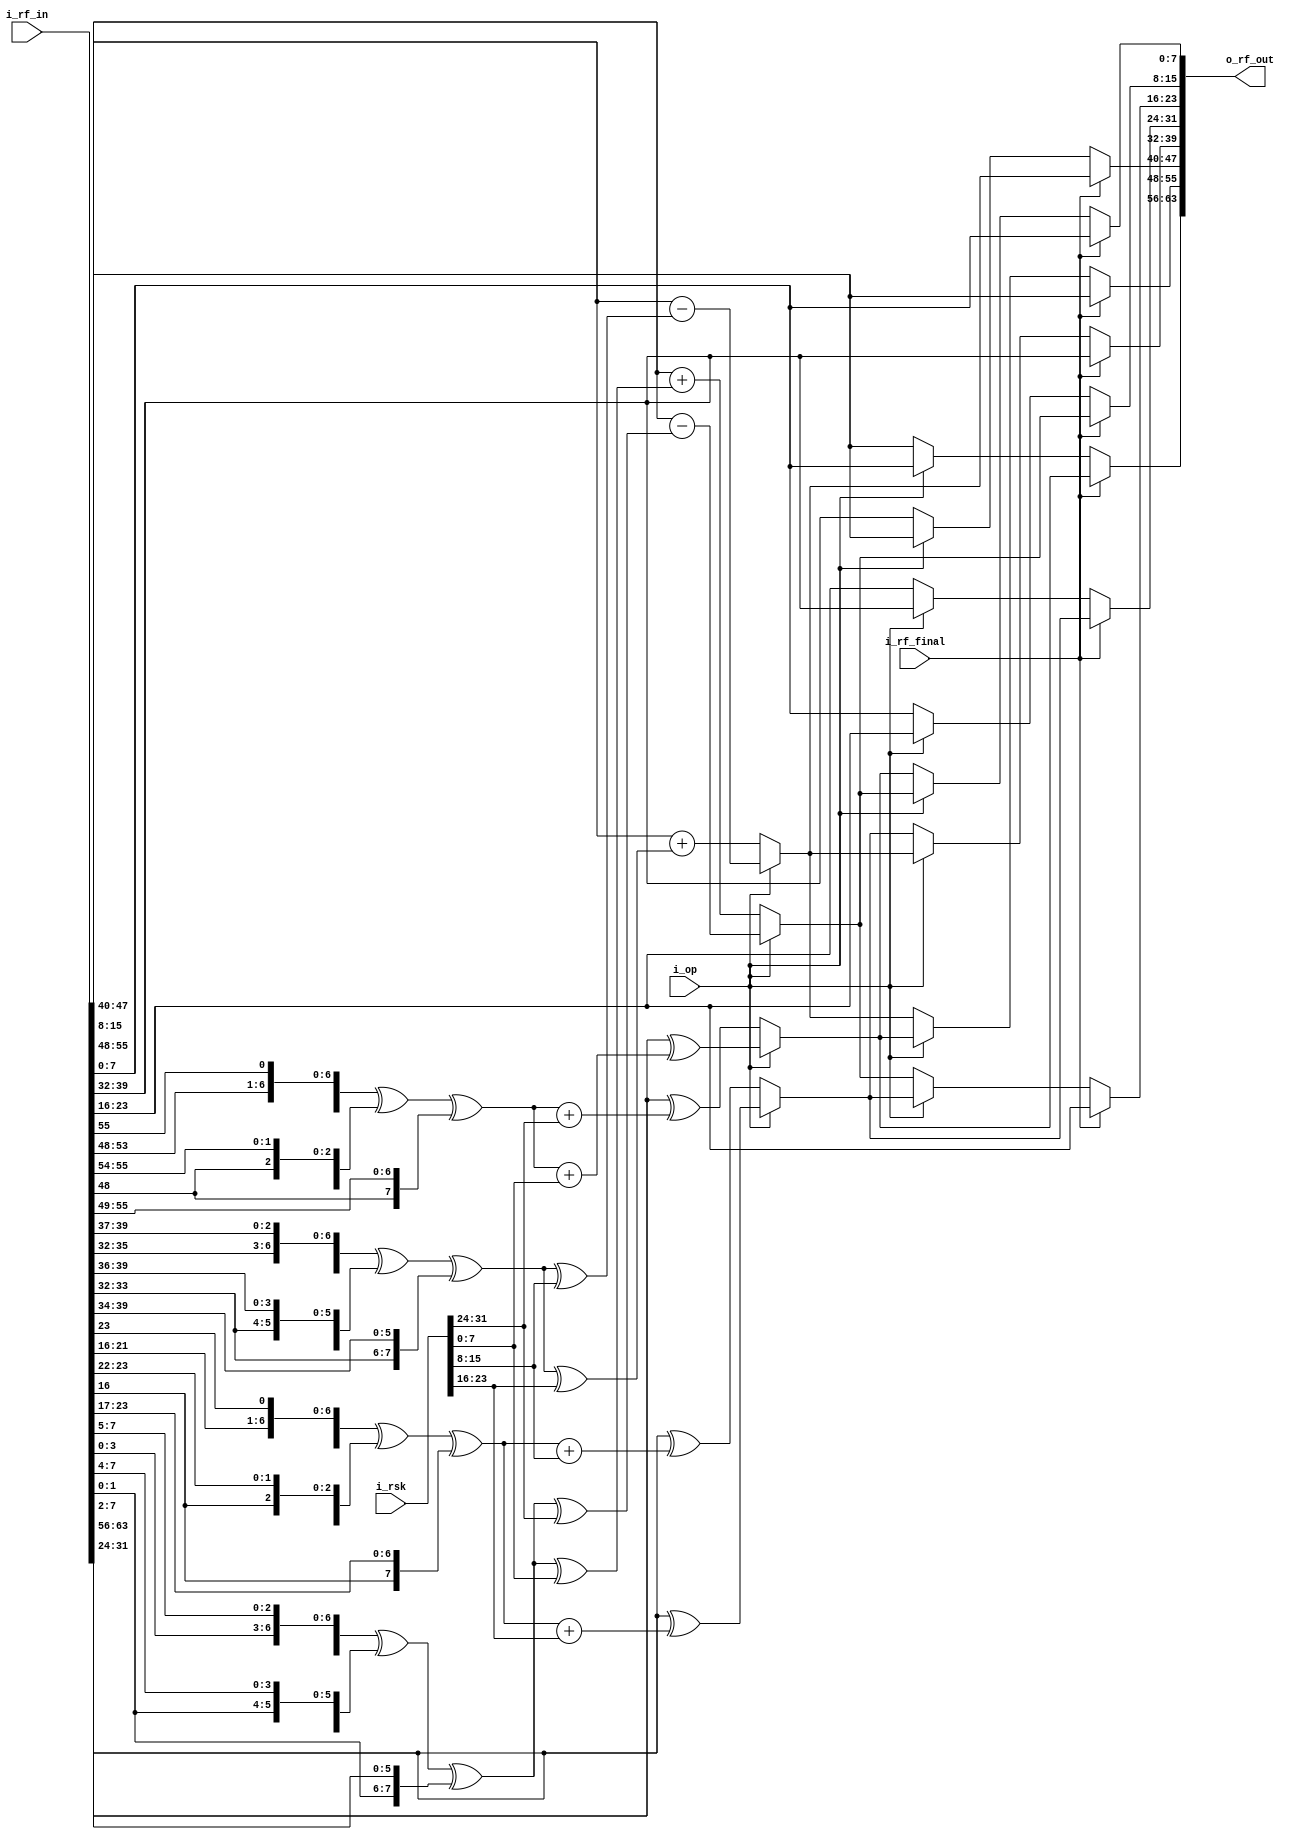
module RF_1(
	i_op             ,   
	i_rsk            ,   
	i_rf_in          ,  
	i_rf_final       ,  
	o_rf_out          
);
input        i_op           ;  
input[31:0]  i_rsk          ;  
input[63:0]  i_rf_in        ;  
input        i_rf_final     ;  
output[63:0] o_rf_out       ;  
wire[63:0]  w_rf_out     ;  
wire[7:0]  w_rf_out7     ;  
wire[7:0]  w_rf_out6     ;  
wire[7:0]  w_rf_out5     ;  
wire[7:0]  w_rf_out4     ;  
wire[7:0]  w_rf_out3     ;  
wire[7:0]  w_rf_out2     ;  
wire[7:0]  w_rf_out1     ;  
wire[7:0]  w_rf_out0     ;  
wire[7:0] w_f0_6   ;  
wire[7:0] w_f1_4   ;
wire[7:0] w_f0_2   ;
wire[7:0] w_f1_0   ;
wire[7:0] w_rf_mv[0:3]; 
assign w_f0_6 = {i_rf_in[54:48],i_rf_in[55]}    ^ 
                {i_rf_in[53:48],i_rf_in[55:54]} ^ 
                {i_rf_in[48]   ,i_rf_in[55:49]};
assign w_f1_4 = {i_rf_in[36:32],i_rf_in[39:37]} ^ 
                {i_rf_in[35:32],i_rf_in[39:36]} ^ 
                {i_rf_in[33:32],i_rf_in[39:34]};
assign w_f0_2 = {i_rf_in[22:16],i_rf_in[23]}    ^ 
                {i_rf_in[21:16],i_rf_in[23:22]} ^ 
                {i_rf_in[16]   ,i_rf_in[23:17]};
assign w_f1_0 = {i_rf_in[4:0]  ,i_rf_in[7:5]} ^ 
                {i_rf_in[3:0]  ,i_rf_in[7:4]} ^ 
                {i_rf_in[1:0]  ,i_rf_in[7:2]}; 
assign w_rf_mv[3] = (i_op == 0) ? i_rf_in[63:56] ^ (w_f0_6 + i_rsk[31:24]):
                                  i_rf_in[63:56] ^ (w_f0_6 + i_rsk[7:0]); 
assign w_rf_mv[2] = (i_op == 0) ? i_rf_in[47:40] + (w_f1_4 ^ i_rsk[23:16]): 
                                  i_rf_in[47:40] - (w_f1_4 ^ i_rsk[15:8]);                        
assign w_rf_mv[1] = (i_op == 0) ? i_rf_in[31:24] ^ (w_f0_2 + i_rsk[15:8]):
                                  i_rf_in[31:24] ^ (w_f0_2 + i_rsk[23:16]); 
assign w_rf_mv[0] = (i_op == 0) ? i_rf_in[15:8] + (w_f1_0 ^ i_rsk[7:0]): 
                                  i_rf_in[15:8] - (w_f1_0 ^ i_rsk[31:24]); 
assign w_rf_out7 = (i_rf_final == 1) ? w_rf_mv[3] : 
                                      (i_op == 0) ? i_rf_in[55:48] : 
                                                    i_rf_in[7:0];
assign w_rf_out6 = (i_rf_final == 1) ? i_rf_in[55:48] : 
                                      (i_op == 0) ? w_rf_mv[2] :
                                                    w_rf_mv[3];
assign w_rf_out5 = (i_rf_final == 1) ? w_rf_mv[2] : 
                                      (i_op == 0) ? i_rf_in[39:32] :  
                                                    i_rf_in[55:48];
assign w_rf_out4 = (i_rf_final == 1) ? i_rf_in[39:32] :
                                      (i_op == 0) ? w_rf_mv[1] :
                                                    w_rf_mv[2];
assign w_rf_out3 = (i_rf_final == 1) ? w_rf_mv[1] : 
                                      (i_op == 0) ? i_rf_in[23:16] :
                                                    i_rf_in[39:32];
assign w_rf_out2 = (i_rf_final == 1) ? i_rf_in[23:16] :
                                      (i_op == 0) ? w_rf_mv[0] :
                                                    w_rf_mv[1];
assign w_rf_out1 = (i_rf_final == 1) ? w_rf_mv[0] :             
                                      (i_op == 0) ? i_rf_in[7:0] : 
                                                    i_rf_in[23:16];
assign w_rf_out0 = (i_rf_final == 1) ? i_rf_in[7:0] :
                                      (i_op == 0) ? w_rf_mv[3] : 
                                                    w_rf_mv[0];
assign w_rf_out = {w_rf_out7, w_rf_out6, w_rf_out5, w_rf_out4, w_rf_out3, w_rf_out2, w_rf_out1, w_rf_out0}; 
assign o_rf_out = w_rf_out;
endmodule